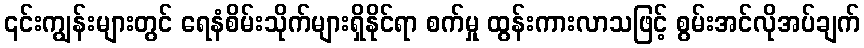
၎င်းကျွန်းများတွင် ရေနံစိမ်းသိုက်များရှိနိုင်ရာ စက်မှု ထွန်းကားလာသဖြင့် စွမ်းအင်လိုအပ်ချက်